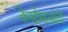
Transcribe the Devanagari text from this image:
केसोबासांची